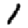
Digit: 1